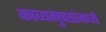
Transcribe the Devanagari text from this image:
काव्यगुच्छांमध्ये